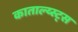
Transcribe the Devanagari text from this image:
काताल्य्स्ट्स